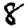
Digit: 8